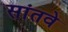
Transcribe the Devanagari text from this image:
सांतवे